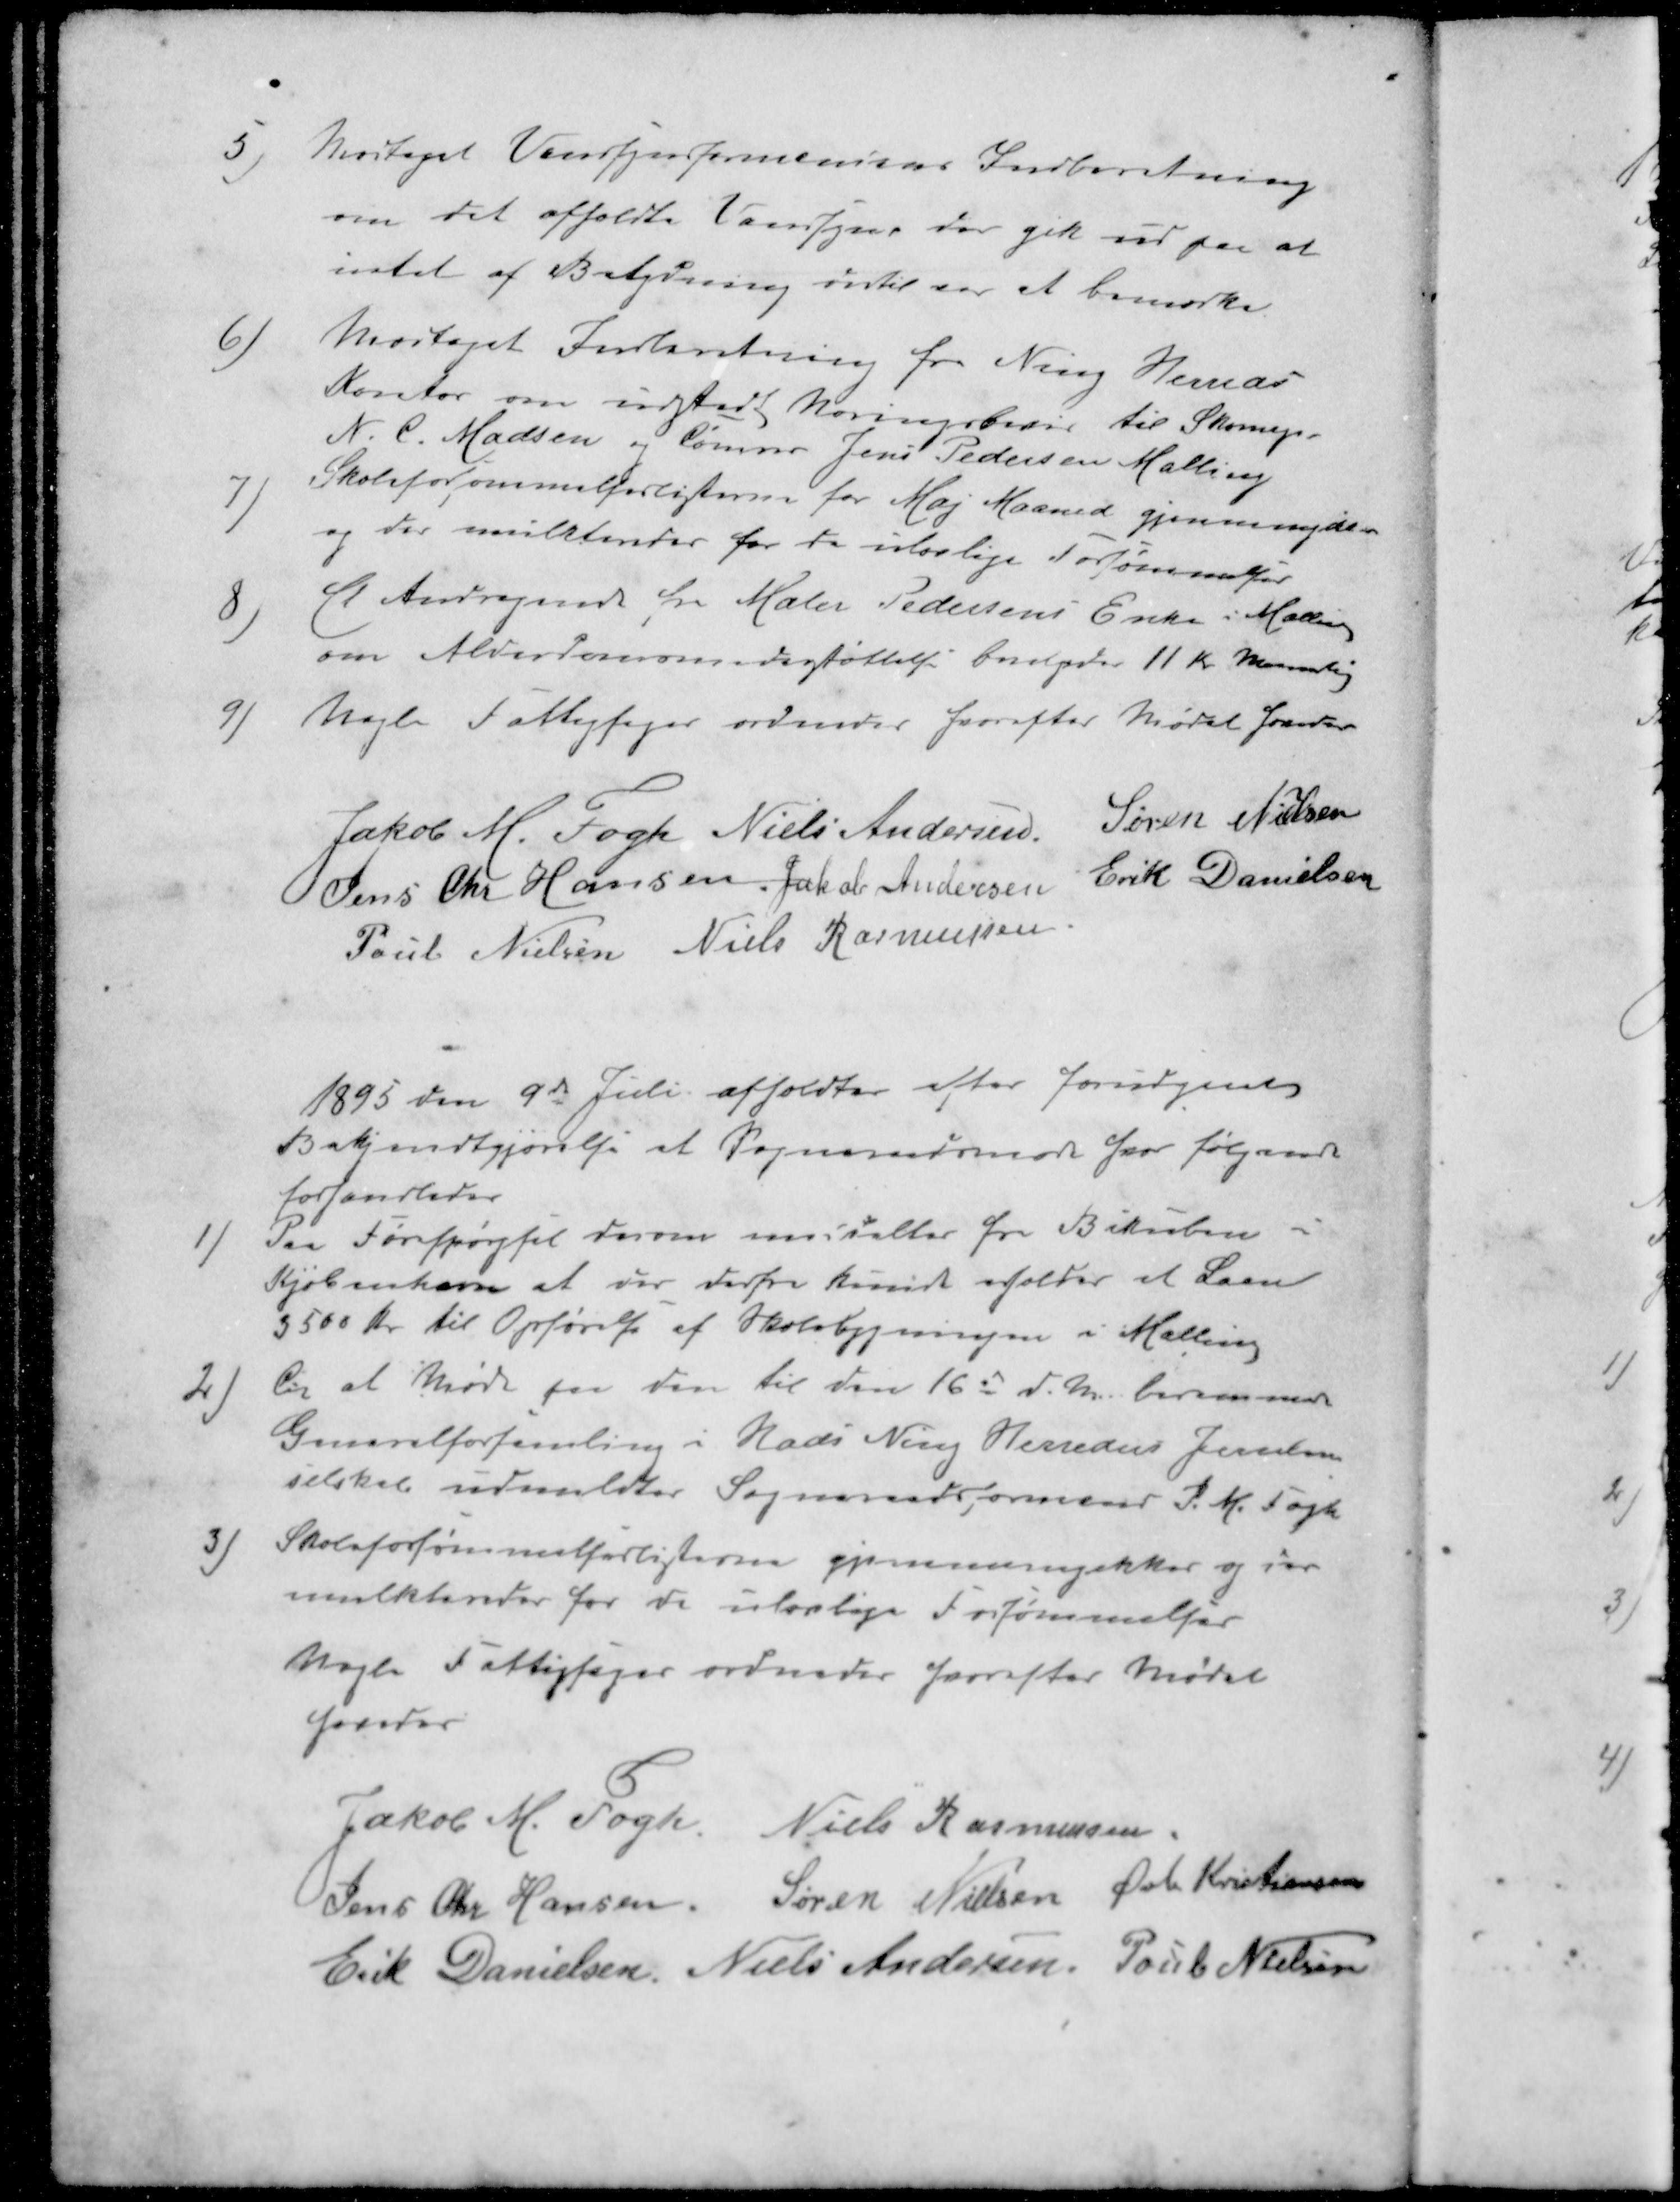
Transskription:
5 ) Modtaget Vandsynsformandens Indberetning
om det afholdte Vandsyn der gik ud paa at
intet af Betydning dertil var at bemærke.
6 ) Modtaget Indberetning fra Ning Herreds
Kontor om udstedt Næringsbevis til Skomager
N. C. Madsen og Tømrer Jens Pedersen Malling
7 ) Skoleforsømmelseslisterne for Maj Maaned gjennemgikkes
og der mulkteredes for de ulovlige Forsømmelser
8 ) Et Andragende fra Maler Pedersens Enke i Malling
om Alderdomsunderstøttelse bevilgedes 11 Kr. Maanedlig
9 ) Nogle Fattigsager ordnedes hvorefter Mødet hævedes
Jakob M. Fogh
Niels Andersen
Søren Nielsen
Jens Chr Hansen
Jakob Andersen
Erik Danielsen
Poul Nielsen
Niels Rasmussen
1895 den 9de Juli afholdtes efter forudgaaet
Bekjendtgjørelse et Sogneraadsmøde hvor følgende
forhandledes
1 ) Paa Forespørgsel derom  fra Bikuben i
Kjøbenhavn at der derfra kunde erholdes et Laan
3500 Kr. til Opførelse af Skolebygningen i Malling
2 ) Til at Møde paa den til den 16d d. M. berammede
Genralforsamling i Hads Ning Herreders Jernbane
selskab udmeldtes Sogneraadsformand P. M. Fogh
3 ) Skoleforsømmelseslisterne gjennemgikkes og der
mulkteredes for de ulovlige Forsømmelser
Nogle Fattigsager ordnedes hvorefter Mødet
hævedes
Jakob M Fogh
Niels Rasmussen
Jens Chr Hansen
Søren Nielsen
Øvli Kristiansen
Erik Danielsen
Niels Andersen
Poul Nielsen